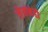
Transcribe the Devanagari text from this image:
लेखनेही